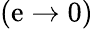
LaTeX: (\mathrm{e}\to0)